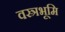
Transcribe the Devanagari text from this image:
वस्त्रभूमि